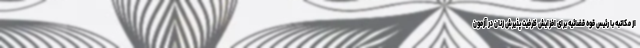
از مکاتبه با رئیس قوه قضائیه برای افزایش ظرفیت پذیرش زنان در آزمون